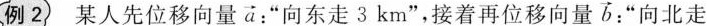
例2 某人先位移向量\overrightarrow{a}：”向东走3km”，接着再位移向量\overrightarrow{b}”向北走